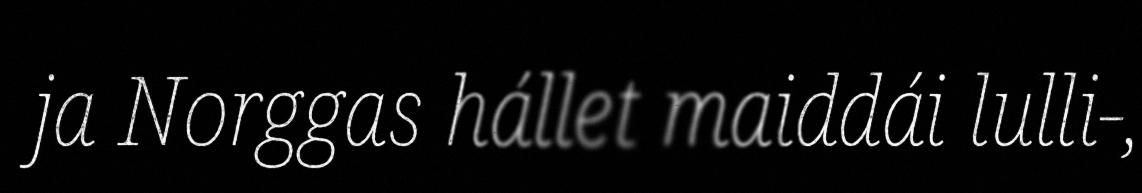
ja Norggas hállet maiddái lulli-,